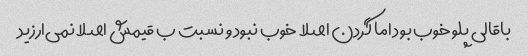
باقالی پلو خوب بود اما گردن اصلا خوب نبود و نسبت ب قیمش اصلا نمی‌ارزید